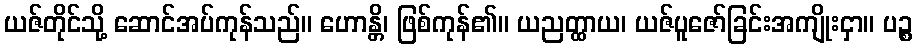
ယဇ်တိုင်သို့ ဆောင်အပ်ကုန်သည်။ ဟောန္တိ၊ ဖြစ်ကုန်၏။ ယညတ္ထာယ၊ ယဇ်ပူဇော်ခြင်းအကျိုးငှာ။ ပဉ္စ